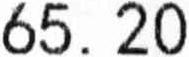
65.20